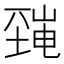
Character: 𡐜